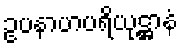
ဥပနာဟပရိယုဋ္ဌာနံ